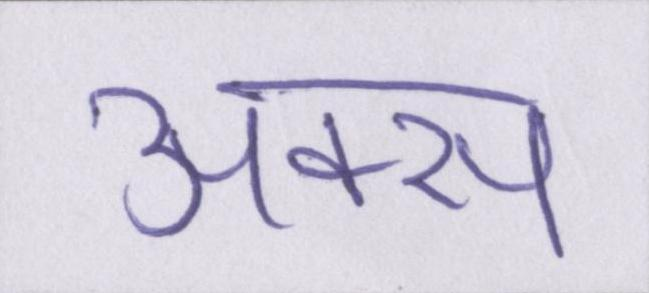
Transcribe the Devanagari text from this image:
अक्स